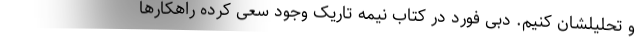
و تحلیلشان کنیم. دبی فورد در کتاب نیمه تاریک وجود سعی کرده راهکارها